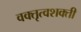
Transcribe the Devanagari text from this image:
वक्तृत्वशक्ती